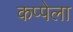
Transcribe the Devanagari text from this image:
कप्पेला